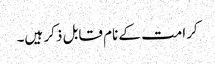
کرامت کے نام قابل ذکر ہیں۔